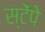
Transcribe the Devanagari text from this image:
स्टेंपे